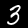
Label: 3